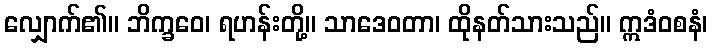
လျှောက်၏။ ဘိက္ခဝေ၊ ရဟန်းတို့။ သာဒေဝတာ၊ ထိုနတ်သားသည်။ ဣဒံဝစနံ၊